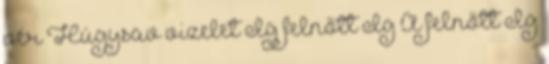
vér Húgysav vizelet Ig felnőtt Ig A felnőtt Ig